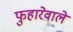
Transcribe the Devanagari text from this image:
फुहारेवाले